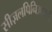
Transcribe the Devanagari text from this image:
सीज़लपिनिआयडी